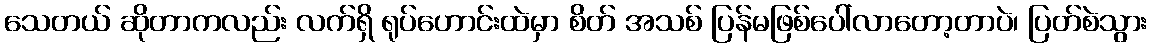
သေတယ် ဆိုတာကလည်း လက်ရှိ ရုပ်ဟောင်းထဲမှာ စိတ် အသစ် ပြန်မဖြစ်ပေါ်လာတော့တာပဲ၊ ပြတ်စဲသွား